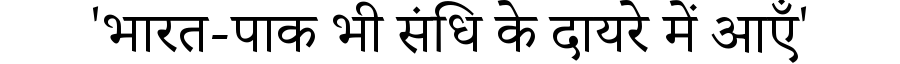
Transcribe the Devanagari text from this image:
'भारत-पाक भी संधि के दायरे में आएँ'